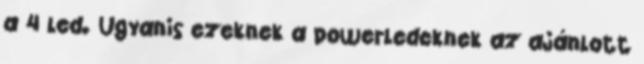
a 4 led. Ugyanis ezeknek a powerledeknek az ajánlott